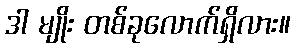
ဒါ မျိုး တစ်ခုလောက်ရှိလား။